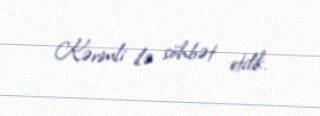
Kərimli ilə söhbət etdik.